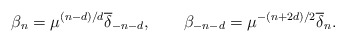
\begin{align*}\beta_n =\mu^{(n-d)/d}{\overline \delta}_{-n-d},\qquad\beta_{-n-d} =\mu^{-(n+2d)/2}{\overline \delta}_n.\end{align*}